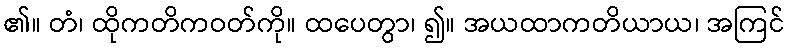
၏။ တံ၊ ထိုကတိကဝတ်ကို။ ထပေတွာ၊ ၍။ အယထာကတိယာယ၊ အကြင်